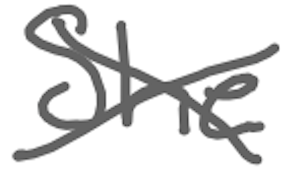
Text: She
Cross-out: cross
Writing tool: digital_gray